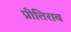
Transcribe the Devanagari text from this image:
प्रीतिराव